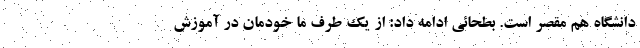
دانشگاه هم مقصر است. بطحائی ادامه داد: از یک طرف ما خودمان در آموزش